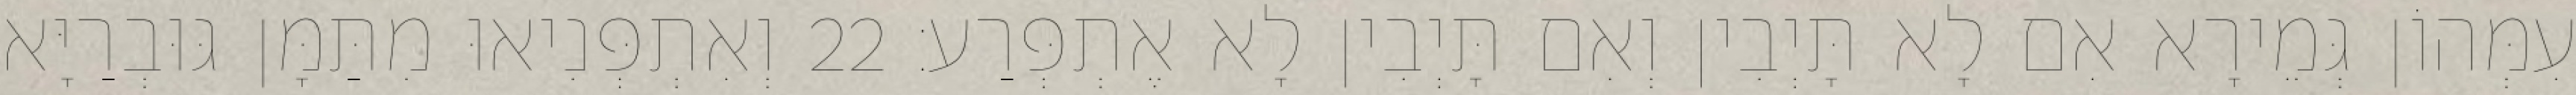
עִמְּהוֹן גְּמֵירָא אִם לָא תָּיְבִין וְאִם תָּיְבִין לָא אֶתְפְּרַע׃ 22 וְאִתְפְּנִיאוּ מִתַּמָּן גּוּבְרַיָּא